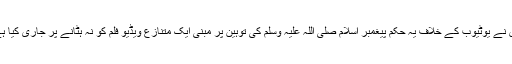
اس نے یوٹیوب کے خلاف یہ حکم پیغمبر اسلام صلی اللہ علیہ وسلم کی توہین پر مبنی ایک متنازع ویڈیو فلم کو نہ ہٹانے پر جاری کیا ہے۔